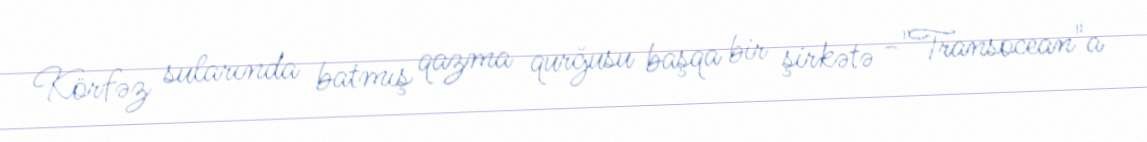
Körfəz sularında batmış qazma qurğusu başqa bir şirkətə -"Transocean"a